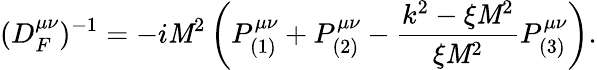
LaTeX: (D_{F}^{\mu\nu})^{-1}=-i\mathit{M}^{2}\left(P_{(1)}^{\mu\nu}+P_{(2)}^{\mu\nu}-\frac{{k^{2}-\xi\mathit{M}^{2}}}{{\xi\mathit{M}^{2}}}P_{(3)}^{\mu\nu}\right).